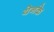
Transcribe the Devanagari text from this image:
येनके